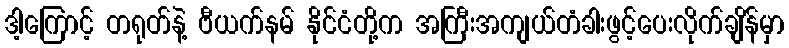
ဒါ့ကြောင့် တရုတ်နဲ့ ဗီယက်နမ် နိုင်ငံတို့က အကြီးအကျယ်တံခါးဖွင့်ပေးလိုက်ချိန်မှာ